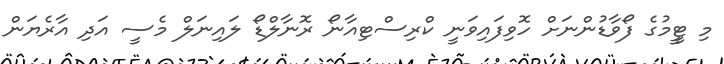
މި ޓީީމުގެ ފޯވާޑުންނަށް ހޮވިފައިވަނީ ކްރިސްޓިއާނޯ ރޮނާލްޑޯ ލައިނަލް މެސީ އަދި އާރެޔަން